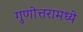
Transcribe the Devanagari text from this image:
गुणोत्तरामध्ये